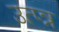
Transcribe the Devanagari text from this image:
उत्प्न्न